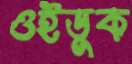
ওইডুক